Indian journal of veterinary science and animal husbandry - Volume 12,
Year: 1942
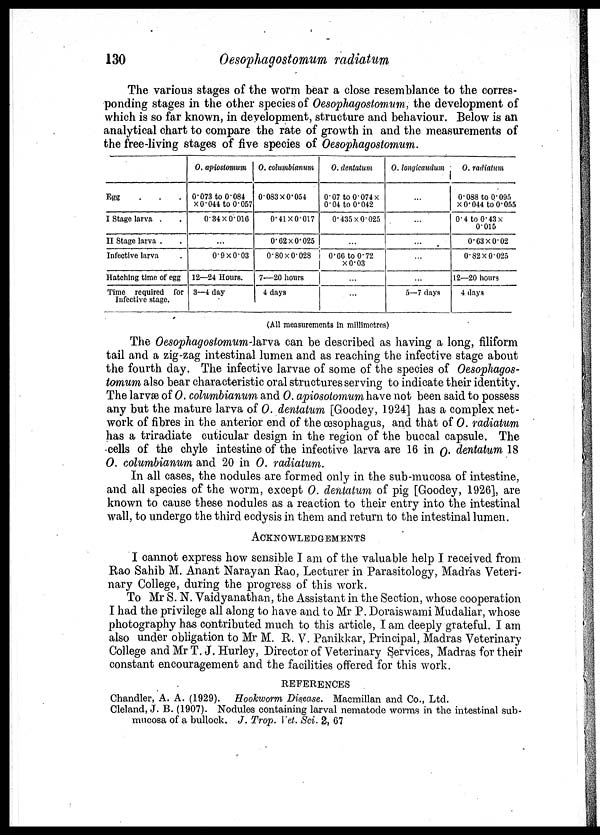
130
Oesophagostomum radiatum
The various stages of the worm bear a close resemblance to the corres-
ponding stages in the other species of Oesophagostomum, the development of
which is so far known, in development, structure and behaviour. Below is an
analytical chart to compare the rate of growth in and the measurements of
the free-living stages of five species of Oesophagostomum.
Egg . . .
I Stage larva . .
II Stage larva . .
Infective larva .
Hatching time of egg
Time required for
Infective stage.
O. apiostomum
0.073 to 0.084
×0.044 to 0.057
0.34×0.016
...
0.9×0.03
12—24 Hours.
3—4 day
O. columbianum
0.083×0.054
0.41×0.017
0.62×0.025
0.80×0.028
7—20 hours
4 days
O. dentatum
0.07 to 0.074 ×
0.04 to 0.042
0.435×0.025
...
0.06 to 0.72
×0.03
...
...
O. longicaudum
...
...
...
...
...
5—7 days
O. radiatum
0.088 to 0.095
× 0.044 to 0.055
0.4 to 0.43 ×
0015
0.63×0.02
0.82×0.025
12—20 hours
4 days
(All measurements in millimetres)
The Oesophagostomum.larva can be described as having a long, filiform
tail and a zig-zag intestinal lumen and as reaching the infective stage about
the fourth day. The infective larvae of some of the species of Oesophagos-
tomum
The larvae of O. columbianum and O. apiosotomum have not been said to possess
any but the mature larva of O. dentatum [Goodey, 1924] has a complex net-
work of fibres in the anterior end of the œsophagus, and that of O. radiatum
has a triradiate cuticular design in the region of the buccal capsule. The
cells of the chyle intestine of the infective larva are 16 in O. dentatum 18
O. columbianum and 20 in O. radiatum.
In all cases, the nodules are formed only in the sub-mucosa of intestine,
and all species of the worm, except O. dentatum of pig [Goodey, 1926], are
known to cause these nodules as a reaction to their entry into the intestinal
wall, to undergo the third ecdysis in them and return to the intestinal lumen.
ACKNOWLEDGEMENTS
I cannot express how sensible I am of the valuable help I received from
Rao Sahib M. Anant Narayan Rao, Lecturer in Parasitology, Madras Veteri-
nary College, during the progress of this work.
To Mr S. N. Vaidyanathan, the Assistant in the Section, whose cooperation
I had the privilege all along to have and to Mr P. Doraiswami Mudaliar, whose
photography has contributed much to this article, I am deeply grateful. I am
also under obligation to Mr M. R. V. Panikkar, Principal, Madras Veterinary
College and Mr T. J. Hurley, Director of Veterinary Services, Madras for their
constant encouragement and the facilities offered for this work.
REFERENCES
Chandler, A. A. (1929).
Hookworm Disease. Macmillan and Co., Ltd.
Cleland, J. B. (1907). Nodules containing larval nematode worms in the intestinal sub-
mucosa of a bullock. J. Trop. Vet. Sci. 2, 67